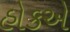
હોકએ